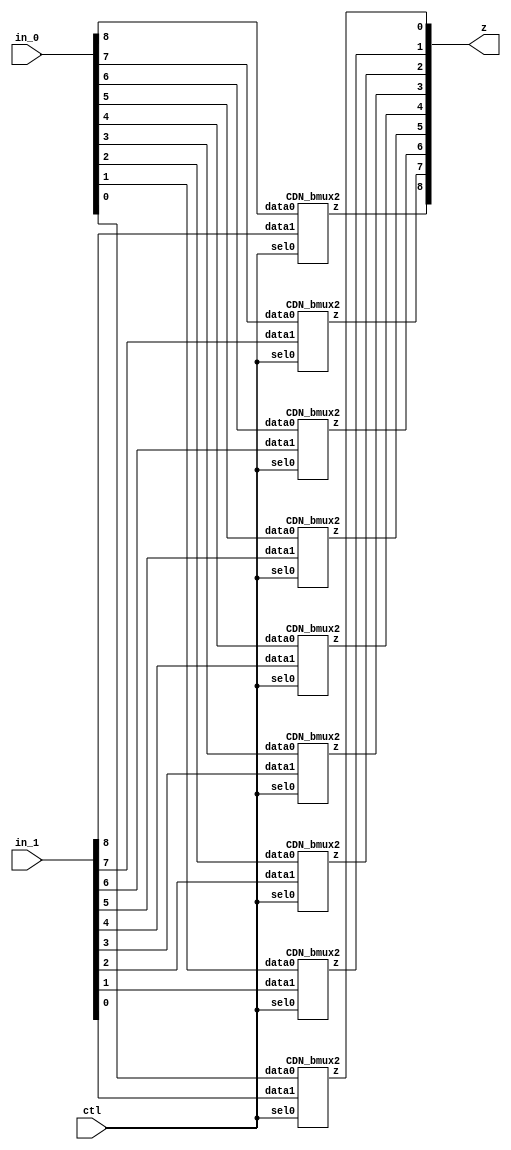

// Generated by Cadence Encounter(R) RTL Compiler RC14.27 - v14.20-s064_1

// Verification Directory fv/dom_and 

module bmux(ctl, in_0, in_1, z);
  input ctl;
  input [8:0] in_0, in_1;
  output [8:0] z;
  CDN_bmux2 g1(.sel0 (ctl), .data0 (in_0[8]), .data1 (in_1[8]), .z
       (z[8]));
  CDN_bmux2 g2(.sel0 (ctl), .data0 (in_0[7]), .data1 (in_1[7]), .z
       (z[7]));
  CDN_bmux2 g3(.sel0 (ctl), .data0 (in_0[6]), .data1 (in_1[6]), .z
       (z[6]));
  CDN_bmux2 g4(.sel0 (ctl), .data0 (in_0[5]), .data1 (in_1[5]), .z
       (z[5]));
  CDN_bmux2 g5(.sel0 (ctl), .data0 (in_0[4]), .data1 (in_1[4]), .z
       (z[4]));
  CDN_bmux2 g6(.sel0 (ctl), .data0 (in_0[3]), .data1 (in_1[3]), .z
       (z[3]));
  CDN_bmux2 g7(.sel0 (ctl), .data0 (in_0[2]), .data1 (in_1[2]), .z
       (z[2]));
  CDN_bmux2 g8(.sel0 (ctl), .data0 (in_0[1]), .data1 (in_1[1]), .z
       (z[1]));
  CDN_bmux2 g9(.sel0 (ctl), .data0 (in_0[0]), .data1 (in_1[0]), .z
       (z[0]));
endmodule

module dom_and(ClkxCI, RstxBI, XxDI, YxDI, ZxDI, QxDO);
  input ClkxCI, RstxBI;
  input [2:0] XxDI, YxDI, ZxDI;
  output [2:0] QxDO;
  wire [8:0] FFxDP;
  bmux mux_FFxDP_77_15(.ctl (n_14), .in_0 (9'b000000000), .in_1
       (9'b000000000), .z ());
  and g1 (\Xi_mul_Yj[8] , XxDI[2], YxDI[2]);
  and g2 (Xi_mul_Yj_83, XxDI[2], YxDI[1]);
  and g3 (Xi_mul_Yj_82, XxDI[2], YxDI[0]);
  and g4 (Xi_mul_Yj_79, XxDI[1], YxDI[2]);
  and g5 (\Xi_mul_Yj[4] , XxDI[1], YxDI[1]);
  and g6 (Xi_mul_Yj_77, XxDI[1], YxDI[0]);
  and g7 (Xi_mul_Yj_74, XxDI[0], YxDI[2]);
  and g8 (Xi_mul_Yj, XxDI[0], YxDI[1]);
  and g9 (\Xi_mul_Yj[0] , XxDI[0], YxDI[0]);
  xor g12 (n_17, Xi_mul_Yj, ZxDI[0]);
  xor g13 (\pipelined_g.result[0]_76 , FFxDP[0], FFxDP[1]);
  xor g14 (n_19, Xi_mul_Yj_74, ZxDI[1]);
  xor g15 (QxDO[0], \pipelined_g.result[0]_76 , FFxDP[2]);
  xor g16 (n_21, Xi_mul_Yj_77, ZxDI[0]);
  xor g18 (\pipelined_g.result[0]_81 , FFxDP[3], FFxDP[4]);
  xor g19 (n_24, Xi_mul_Yj_79, ZxDI[2]);
  xor g20 (QxDO[1], \pipelined_g.result[0]_81 , FFxDP[5]);
  xor g21 (n_26, Xi_mul_Yj_82, ZxDI[1]);
  xor g23 (n_28, Xi_mul_Yj_83, ZxDI[2]);
  xor g24 (\pipelined_g.result[0]_85 , FFxDP[6], FFxDP[7]);
  xor g25 (QxDO[2], \pipelined_g.result[0]_85 , FFxDP[8]);
  CDN_flop \FFxDP_reg[0] (.clk (ClkxCI), .d (\Xi_mul_Yj[0] ), .sena
       (1'b1), .aclr (n_14), .apre (1'b0), .srl (1'b0), .srd (1'b0), .q
       (FFxDP[0]));
  CDN_flop \FFxDP_reg[1] (.clk (ClkxCI), .d (n_17), .sena (1'b1), .aclr
       (n_14), .apre (1'b0), .srl (1'b0), .srd (1'b0), .q (FFxDP[1]));
  CDN_flop \FFxDP_reg[2] (.clk (ClkxCI), .d (n_19), .sena (1'b1), .aclr
       (n_14), .apre (1'b0), .srl (1'b0), .srd (1'b0), .q (FFxDP[2]));
  CDN_flop \FFxDP_reg[3] (.clk (ClkxCI), .d (n_21), .sena (1'b1), .aclr
       (n_14), .apre (1'b0), .srl (1'b0), .srd (1'b0), .q (FFxDP[3]));
  CDN_flop \FFxDP_reg[4] (.clk (ClkxCI), .d (\Xi_mul_Yj[4] ), .sena
       (1'b1), .aclr (n_14), .apre (1'b0), .srl (1'b0), .srd (1'b0), .q
       (FFxDP[4]));
  CDN_flop \FFxDP_reg[5] (.clk (ClkxCI), .d (n_24), .sena (1'b1), .aclr
       (n_14), .apre (1'b0), .srl (1'b0), .srd (1'b0), .q (FFxDP[5]));
  CDN_flop \FFxDP_reg[6] (.clk (ClkxCI), .d (n_26), .sena (1'b1), .aclr
       (n_14), .apre (1'b0), .srl (1'b0), .srd (1'b0), .q (FFxDP[6]));
  CDN_flop \FFxDP_reg[7] (.clk (ClkxCI), .d (n_28), .sena (1'b1), .aclr
       (n_14), .apre (1'b0), .srl (1'b0), .srd (1'b0), .q (FFxDP[7]));
  CDN_flop \FFxDP_reg[8] (.clk (ClkxCI), .d (\Xi_mul_Yj[8] ), .sena
       (1'b1), .aclr (n_14), .apre (1'b0), .srl (1'b0), .srd (1'b0), .q
       (FFxDP[8]));
  not g28 (n_14, RstxBI);
endmodule

`ifdef RC_CDN_GENERIC_GATE
`else
module CDN_flop(clk, d, sena, aclr, apre, srl, srd, q);
  input clk, d, sena, aclr, apre, srl, srd;
  output q;
  reg  qi;
  assign #1 q = qi;
  always 
    @(posedge clk or posedge apre or posedge aclr) 
      if (aclr) 
        qi <= 0;
      else if (apre) 
          qi <= 1;
        else if (srl) 
            qi <= srd;
          else begin
            if (sena) 
              qi <= d;
          end
  initial 
    qi <= 1'b0;
endmodule
`endif
`ifdef RC_CDN_GENERIC_GATE
`else
`ifdef ONE_HOT_MUX
module CDN_bmux2(sel0, data0, data1, z);
  input sel0, data0, data1;
  output z;
  reg  z;
  always 
    @(sel0 or data0 or data1) 
      case ({sel0})
       1'b0: z = data0;
       1'b1: z = data1;
      endcase
endmodule
`else
module CDN_bmux2(sel0, data0, data1, z);
  input sel0, data0, data1;
  output z;
  not i_0 (inv_sel0, sel0);
  and a_0 (w_0, inv_sel0, data0);
  and a_1 (w_1, sel0, data1);
  or org (z, w_0, w_1);
endmodule
`endif // ONE_HOT_MUX
`endif